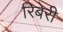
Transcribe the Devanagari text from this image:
रिबेरी